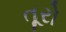
તૂરો